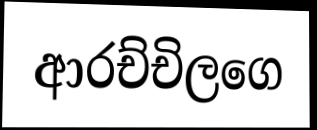
ආරච්චිලගෙ